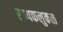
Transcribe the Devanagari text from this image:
राप्पकलुकळ